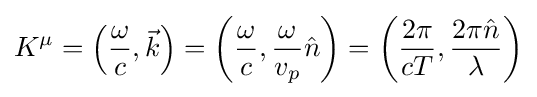
K^{\mu }=\left({\frac {\omega }{c}},{\vec {k}}\right)=\left({\frac {\omega }{c}},{\frac {\omega }{v_{p}}}{\hat {n}}\right)=\left({\frac {2\pi }{cT}},{\frac {2\pi {\hat {n}}}{\lambda }}\right)